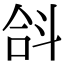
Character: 𣁴